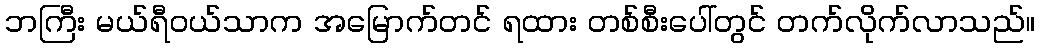
ဘကြီး မယ်ရီဝယ်သာက အမြောက်တင် ရထား တစ်စီးပေါ်တွင် တက်လိုက်လာသည်။